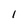
Character: l